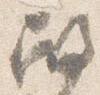
殿